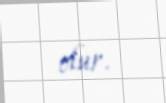
olur.